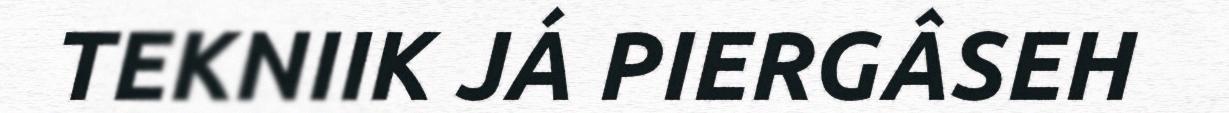
TEKNIIK JÁ PIERGÂSEH